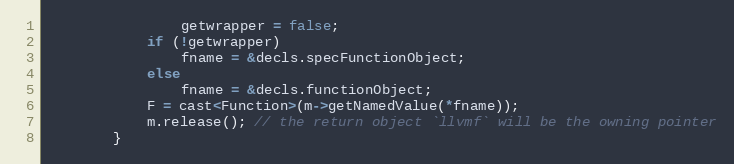
Language: C++
                getwrapper = false;
            if (!getwrapper)
                fname = &decls.specFunctionObject;
            else
                fname = &decls.functionObject;
            F = cast<Function>(m->getNamedValue(*fname));
            m.release(); // the return object `llvmf` will be the owning pointer
        }